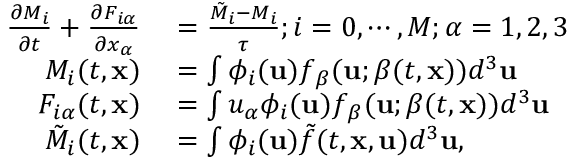
\begin{array} { r l } { \frac { \partial M _ { i } } { \partial t } + \frac { \partial F _ { i \alpha } } { \partial x _ { \alpha } } } & { { } = \frac { \Tilde { M } _ { i } - M _ { i } } { \tau } ; i = 0 , \cdots , M ; \alpha = 1 , 2 , 3 } \\ { M _ { i } ( t , \mathbf { x } ) } & { { } = \int \phi _ { i } ( \mathbf { u } ) f _ { \boldsymbol { \beta } } ( \mathbf { u } ; \boldsymbol { \beta } ( t , \mathbf { x } ) ) d ^ { 3 } \mathbf { u } } \\ { F _ { i \alpha } ( t , \mathbf { x } ) } & { { } = \int u _ { \alpha } \phi _ { i } ( \mathbf { u } ) f _ { \boldsymbol { \beta } } ( \mathbf { u } ; \boldsymbol { \beta } ( t , \mathbf { x } ) ) d ^ { 3 } \mathbf { u } } \\ { \Tilde { M } _ { i } ( t , \mathbf { x } ) } & { { } = \int \phi _ { i } ( \mathbf { u } ) \Tilde { f } ( t , \mathbf { x } , \mathbf { u } ) d ^ { 3 } \mathbf { u } , } \end{array}